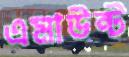
এমাউন্ট